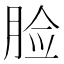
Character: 脸